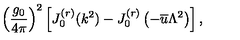
\left( \frac { g _ { 0 } } { 4 \pi } \right) ^ { 2 } \left[ J _ { 0 } ^ { ( r ) } ( k ^ { 2 } ) - J _ { 0 } ^ { ( r ) } \left( - \overline { { u } } \Lambda ^ { 2 } \right) \right] ,